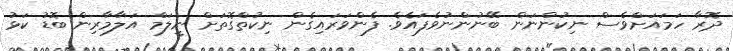
ދޮރާ ހަމައަށްވެސް ނިކުންނަން ބޭނުންނުވެފައެވެ. ފެންވަރައިގެން ނިކުތްގޮތަށް ނީލަމް އަލާމާރިން ބޮޑު ކަޅު